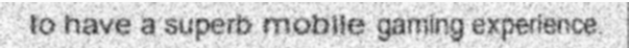
to have a superb mobile gaming experience.